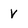
Character: V